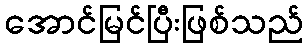
အောင်မြင်ပြီးဖြစ်သည်